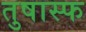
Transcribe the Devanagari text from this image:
तुषास्फ